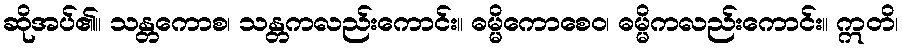
ဆိုအပ်၏။ သန္တကောစ၊ သန္တကလည်းကောင်း။ ဓမ္မိကောစေဝ၊ ဓမ္မိကလည်းကောင်း။ ဣတိ၊